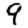
Digit: 9